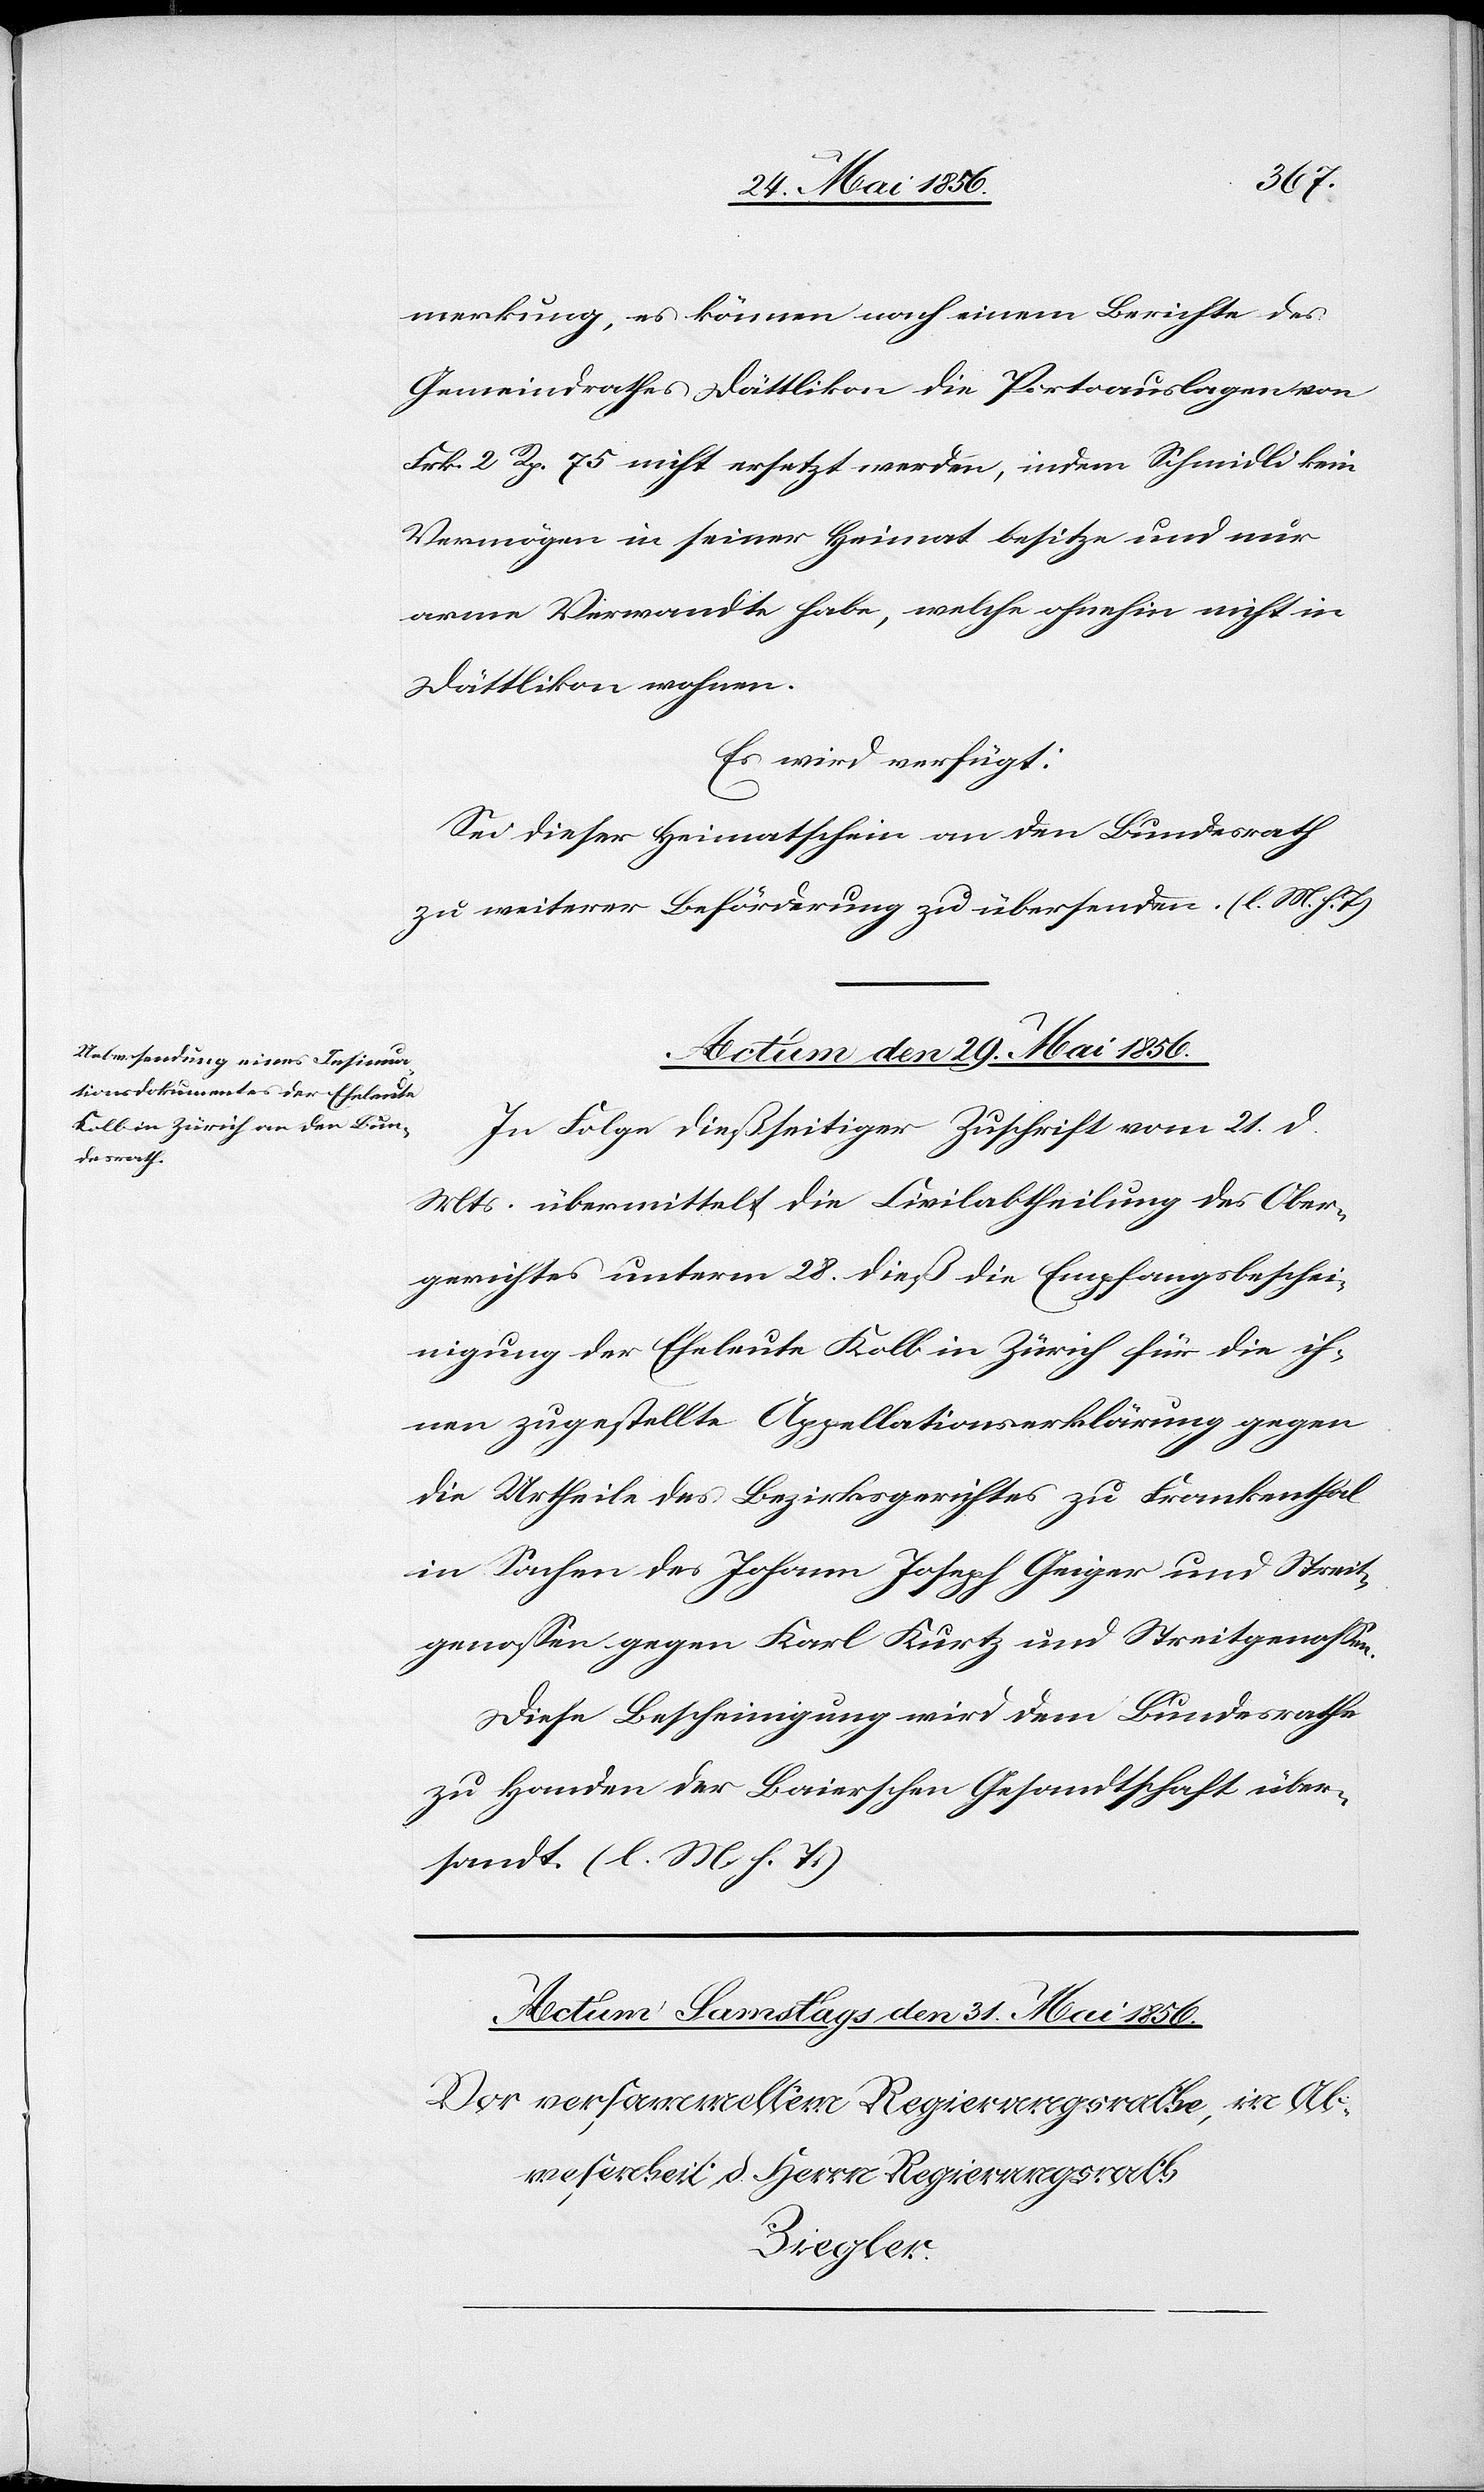
merkung, es können nach einem Berichte des
Gemeindrathes Dättlikon die Portoauslangen von
Frk. 2 Rp. 75 nicht ersetzt werden, indem Schmidli kein
Vermögen in seiner Heimat besitze und nur
arme Verwandte habe, welche ohnehin nicht in
Dättlikon wohnen.
Es wird verfügt:
Sei dieser Heimatschein an den Bundesrath
zu weiterer Beförderung zu übersenden. (l. M. h. T)
Actum den 29. Mai 1856.
In Folge dießseitiger Zuschrift vom 21. d.
Mts. übermittelt die Civilabtheilung des Ober¬
gerichtes unterm 28. dieß die Empfangsbeschei¬
nigung der Eheleute Kolb in Zürich für die ih¬
nen zugestellte Appellationserklärung gegen
die Urtheile des Bezirksgerichtes zu Frankenthal
in Sachen des Johann Joseph Geiger und Streit¬
genossen gegen Karl Kurtz und Streitgenossen.
Diese Bescheinigung wird dem Bundesrathe
zu Handen der Baierschen Gesandtschaft über¬
sandt. (l. M. h. T.)